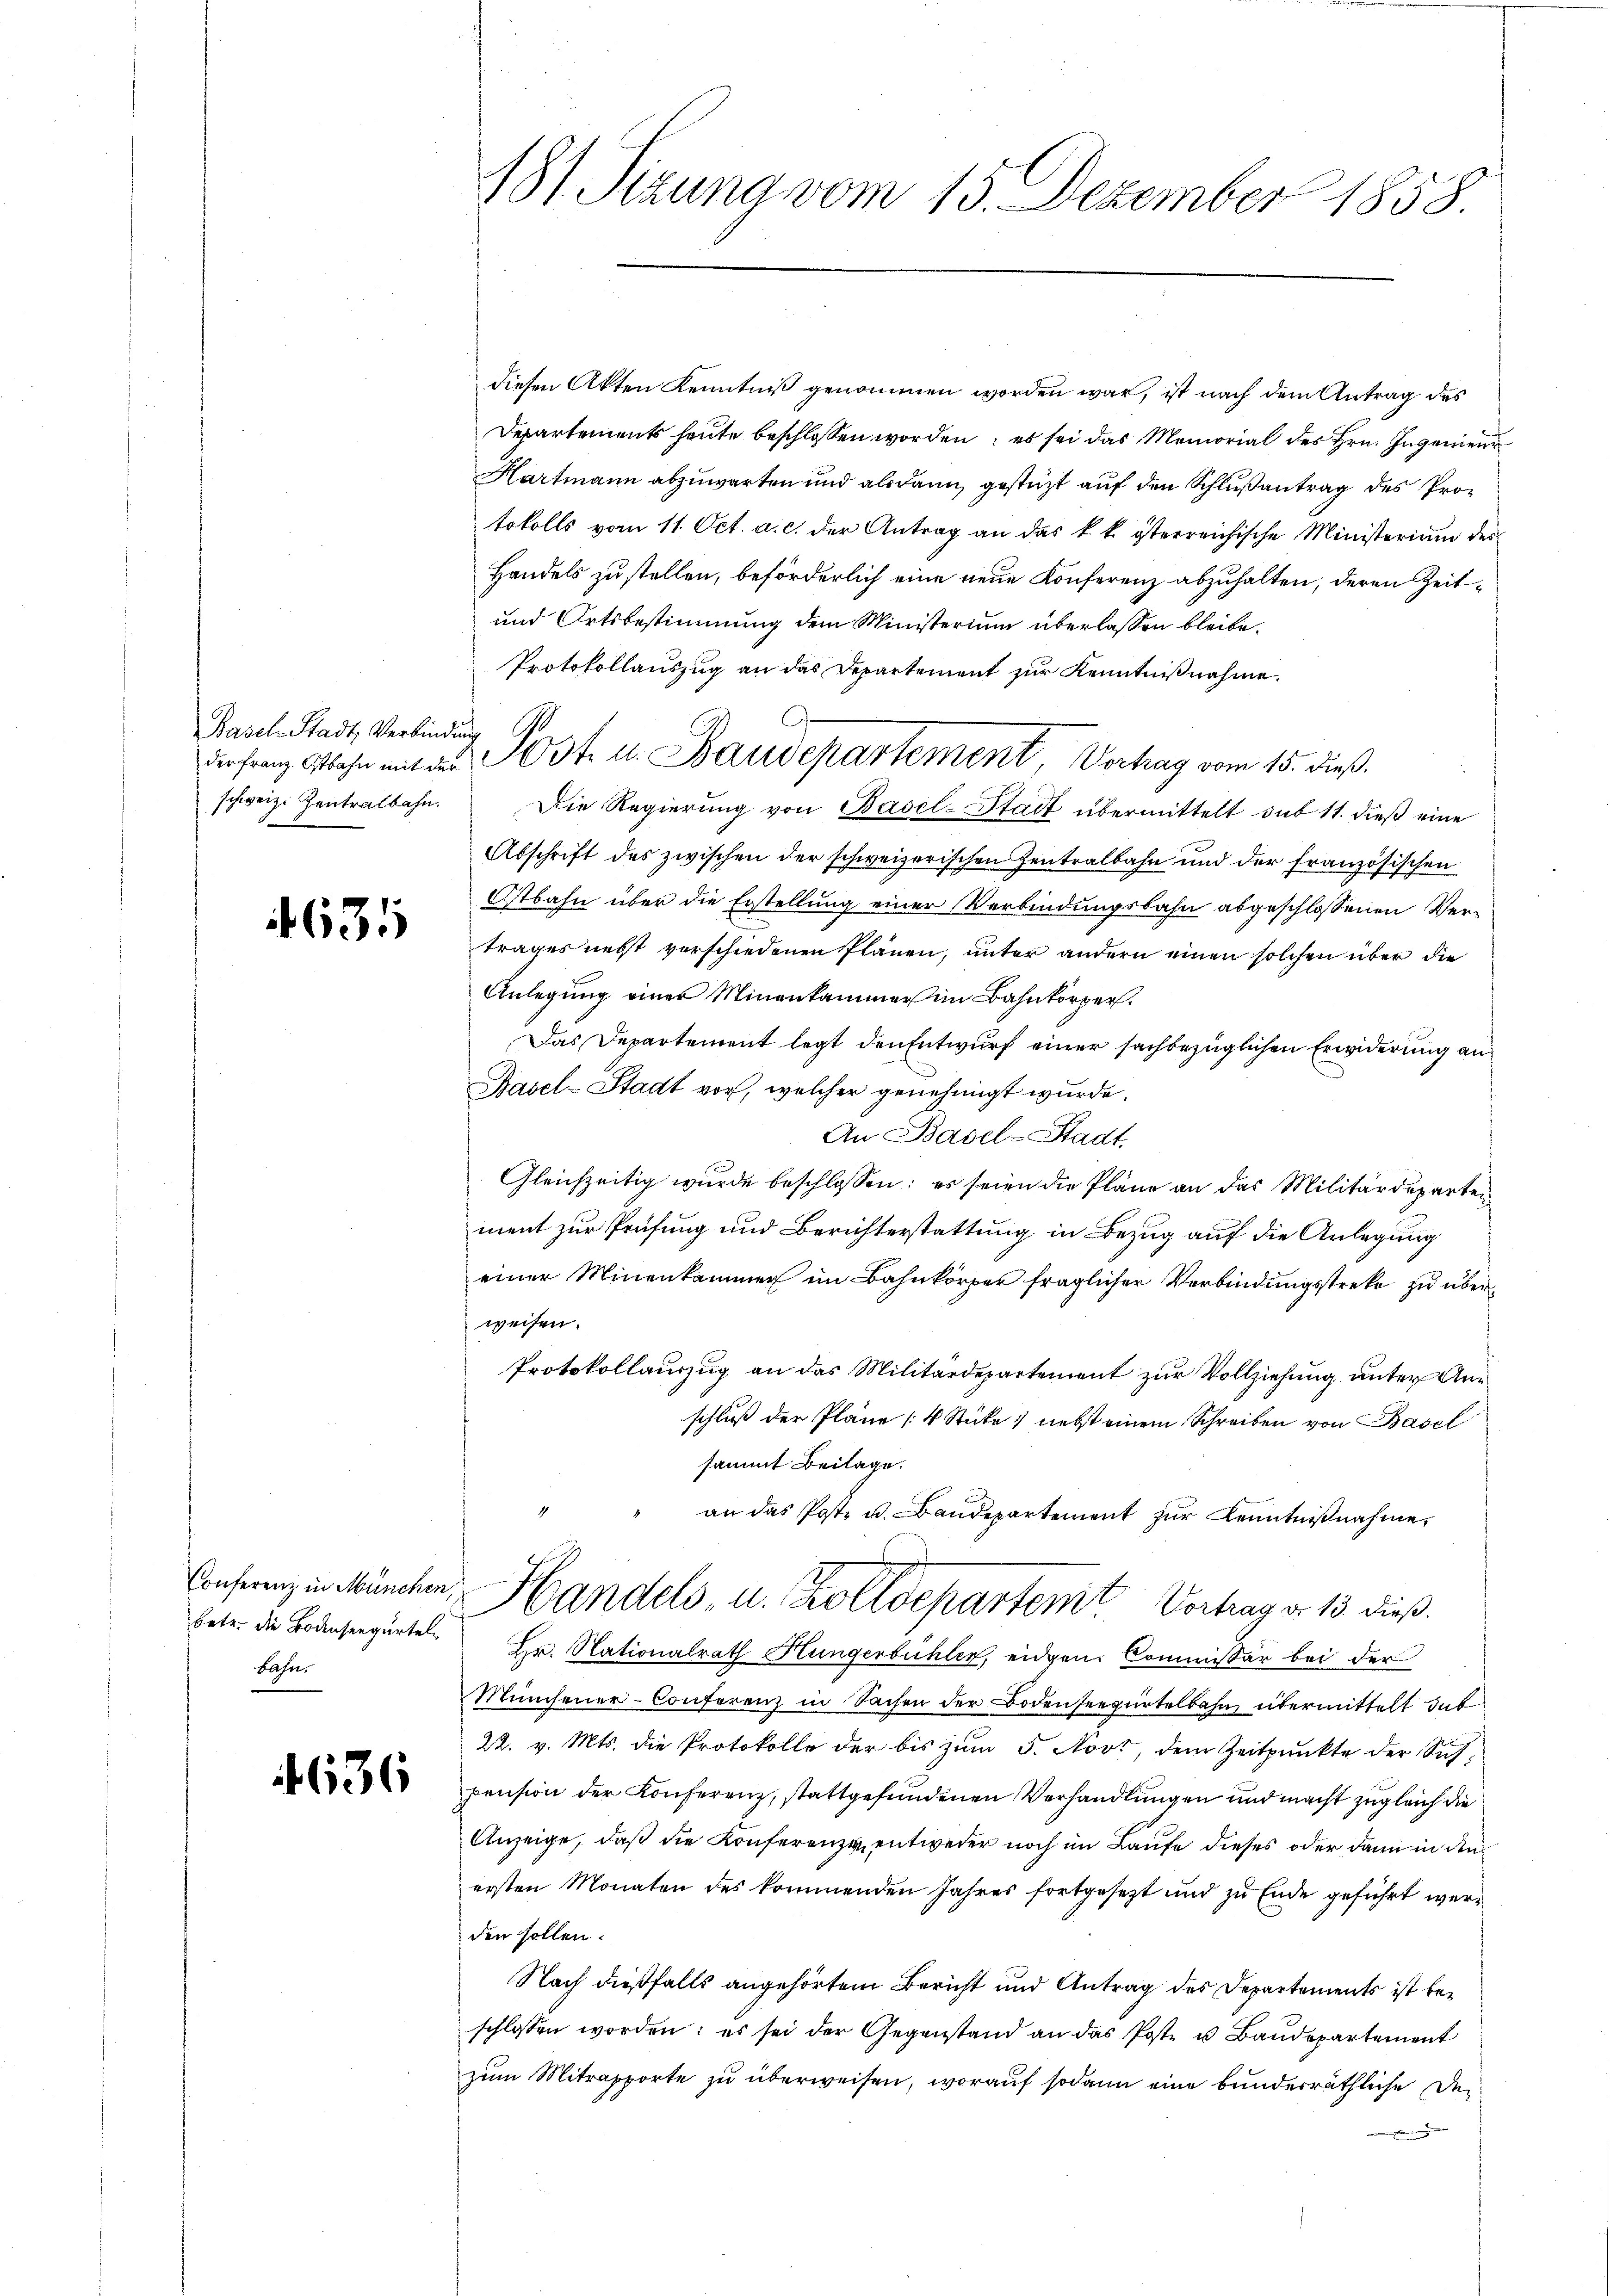
Basel-Stadt, Verbindung
schweiz. Zentralbahn.

1631

Bahn.

1636

diesen Akten Kenntniß genommen worden war, ist nach dem Antrag des
Departements heute beschlossen worden; es sei das Memorial des Hrn. Ingenieur
Hartmann abzuwarten und alsdann gestützt auf den Schlußantrag des Protokolls vom 11. Oct. a. c. der Antrag an das k. k. österreichische Ministerium des
Handels zu stellen, beförderlich eine neue Konferenz abzuhalten, deren Zeit¬
und Ortsbestimmung dem Ministerium überlassen bleibe.
Protokollauszug an das Departement zur Kenntnißnahme.
Die Regierung von Basel-Stadt übermittelt sub 11. dieß eine
Abschrift des zwischen der schweizerischen Zentralbahn und der französischen
Ostbahn über die Erstellung einer Verbindungsbahn abgeschlossenen Vertrages nebst verschiedenen Plänen, unter andern einen solchen über die
Anlegung einer Minenkammer im Bahnkörper.
Das Departement legt den Entwurf einer sachbezüglichen Erwiderung an¬
Basel-Stadt vor, welcher genehmigt wurde.
An Basel-Stadt.
Gleichzeitig wurde beschlossen; es seien die Pläne an das Militärdeparten
ment zur Prüfung und Berichterstattung in Bezug auf die Anlegung
einer Minenkammer im Bahnkörper fraglicher Verbindungsstreke zu überweisen.
Protokollauszug an das Militärdepartement zur Vollziehung unter Anschluß der Pläne [4 Stücke) nebst einem Schreiben von Basel
sammt Beilage.
d
" an das Post u. Baŭdepartement zŭr Kenntniβnahme,
Conferenz in München, Handels, u. Zolldepartemt Vortrag dr 13 dieß.
betr. die Bodenseegürte Hr. Nationalrath Hungerbühler, eidgen. Commissär bei der
Minsener-Conferenz in Sachen der Bodenseezürtelbahn, übermittelt dab
22. v. Mts. die Protokolle der bis zum 5. Novt, dem Zeitpunkte der Sichpension der Konferenz, stattgefundenen Verhandlungen und macht zugleich die
Anzeige, daß die Konferenze entweder noch im Laufe dieses oder dann in den
ersten Monaten des kommenden Jahres fortgesetzt und zu Ende geführt werden sollen.
Nach dießfalls angehörtem Bericht und Antrag des Departements ist beschlossen worden; es sei der Gegenstand an das Poste u Baudepartement
zum Mitrapporte zu überweisen, worauf sodann eine bunderräthliche derglern

181. Sizung vom 15. Dezember 1858.

derfranz Obahn mit des Post- u. Baudepartement, Vertrag vom 15. dieß.